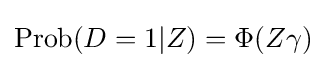
\operatorname {Prob} (D=1|Z)=\Phi (Z\gamma )